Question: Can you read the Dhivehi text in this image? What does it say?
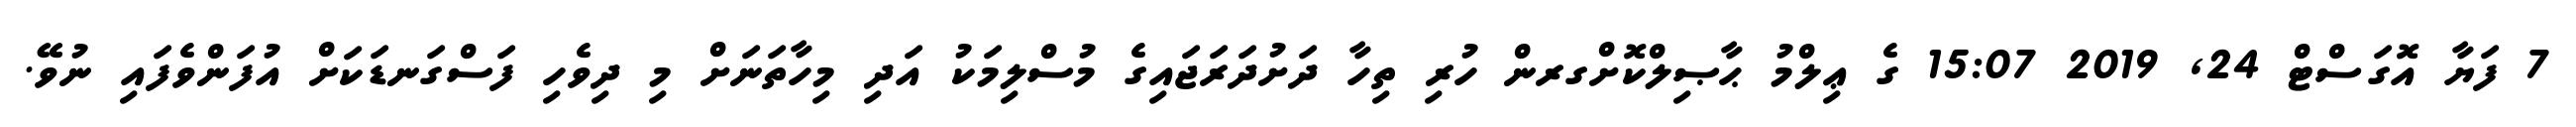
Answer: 7 ފަޔާ އޮގަސްޓް 24, 2019 15:07 ގެ ޢިލްމު ޙާޞިލްކޮށްގރން ހުރި ތިހާ ދަށުދަރަޖައިގެ މުސްލިމަކު އަދި މިހާތަނަށް މި ދިވެހި ފަސްގަނޑަކަށް އުފަންވެފައި ނުވޭ.